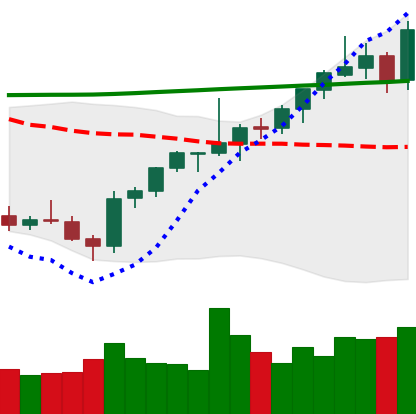
Ticker: ETH-USD
Chart end date: 2021-08-04
Forward return: 16.268%
Label: up_7plus